Leaving Certificate Examination (including Day School Certificate (Higher) General paper), 1932
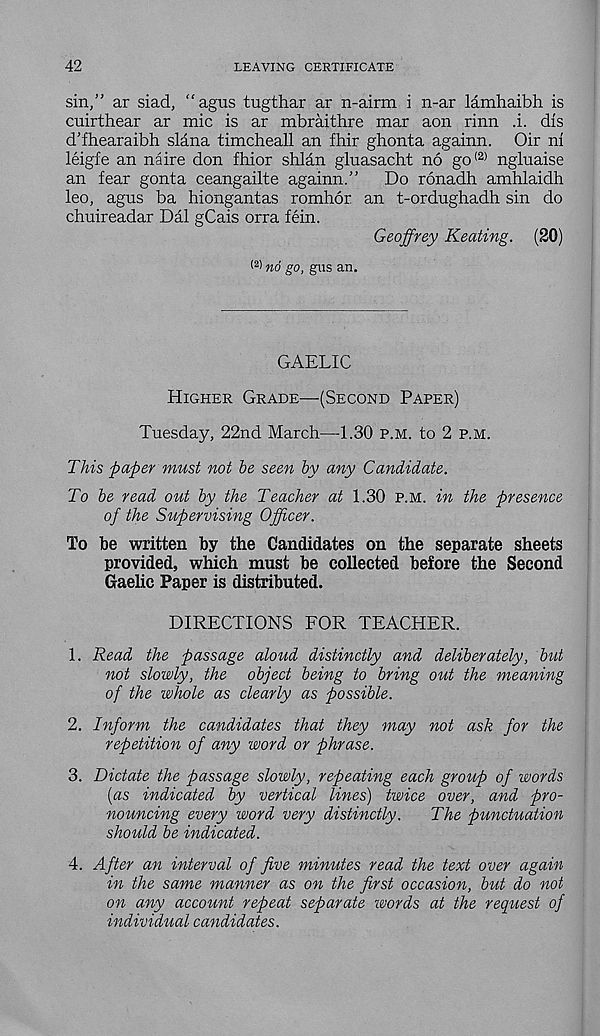
42
LEAVING CERTIFICATE
sin,” ar siad, “agus tugthar ar n-airm i n-ar lamhaibh is
cuirthear ar mic is ar mbraithre mar aon rinn i. dis
d’fhearaibh slana timcheall an fhir ghonta againn. Oir ni
leigfe an naire don fhior shlan gluasacht no go (2) ngluaise
an fear gonta ceangailte againn.”
Do ronadh amhlaidh
leo, agus ba hiongantas romhor an t-ordughadh sin do
chuireadar Dal gCais orra fein.
Geoffrey Keating. (20)
( 2 > no go, gus an.
GAELIC
Higher Grade—(Second Paper)
Tuesday, 22nd March—1.30 p.m. to 2 p.m.
This paper must not he seen hy any Candidate.
To he read out by the Teacher at 1.30 p.m. in the presence
of the Supervising Officer.
To be written by the Candidates on the separate sheets
provided, which must be collected before the Second
Gaelic Paper is distributed.
DIRECTIONS FOR TEACHER.
1. Read the passage aloud distinctly and deliberately, hut
not slowly, the object being to bring out the meaning
of the whole as clearly as possible.
2. Inform the candidates that they may not ask for the
repetition of any word or phrase.
3. Dictate the passage slowly, repeating each group of words
[as indicated by vertical lines) twice over, and pro-
nouncing every word very distinctly.
The punctuation
should be indicated.
4. After an interval of five minutes read the text over again
in the same manner as on the first occasion, but do not
on any account repeat separate words at the request of
individual candidates.